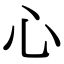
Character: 心